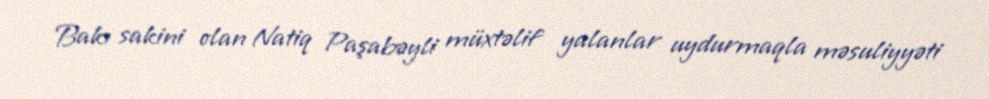
Bakı sakini olan Natiq Paşabəyli müxtəlif yalanlar uydurmaqla məsuliyyəti